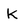
Character: K